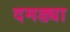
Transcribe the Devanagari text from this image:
दमड्या